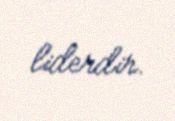
liderdir.